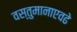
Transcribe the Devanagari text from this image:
वस्तुमानाएवढे